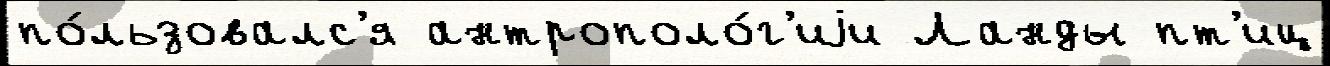
по́льзовалс'я антрополо́г'иjи Ланды пт'иц